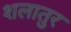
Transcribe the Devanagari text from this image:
शलातुर